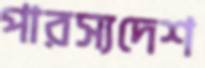
পারস্যদেশ